Punjab Mental Hospital Lahore 1922-31 - 1922-1931
Year: 1922
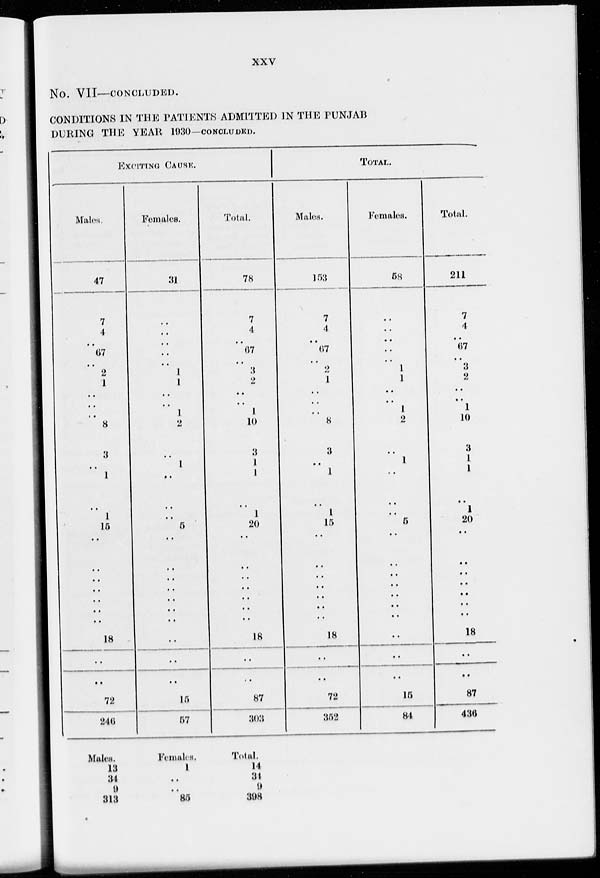
xxv
No. VII—CONCLUDED.
CONDITIONS IN THE PATIENTS ADMITTED IN THE PUNJAB
DURING THE YEAR 1930-CONCLUDED.
EXCITING CAUSE.
Males.
47
7
4
..
67
..
2
1
..
..
..
8
3
..
1
..
1
15
..
..
..
..
..
..
..
18
..
..
72
246
Females.
31
..
..
..
..
..
1
1
..
..
1
2
..
1
..
..
..
5
..
..
..
..
..
..
..
..
..
..
15
57
Total.
78
7
4
..
67
..
3
2
..
..
1
10
3
1
1
..
1
20
..
..
..
..
..
..
..
18
..
..
87
303
TOTAL.
Males.
153
7
4
..
67
..
2
1
..
..
..
8
3
..
1
..
1
15
..
..
..
..
..
..
..
18
..
..
72
352
Females.
58
..
..
..
..
..
1
1
..
..
1
2
..
1
..
..
..
5
..
..
..
..
..
..
..
..
..
..
15
84
Total.
211
7
4
..
67
..
3
2
..
..
1
10
3
1
1
..
1
20
..
..
..
..
..
..
..
18
..
..
87
436
Males
13
34
9
313
Females.
1
..
..
85
Total.
14
34
9
398